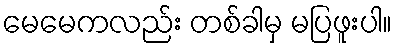
မေမေကလည်း တစ်ခါမှ မပြဖူးပါ။